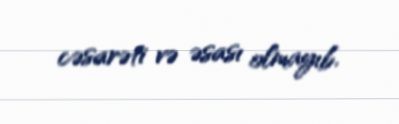
cəsarəti və əsası olmayıb.